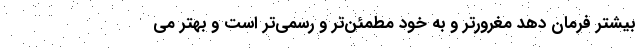
بیشتر فرمان دهد مغرورتر و به خود مطمئن‌تر و رسمی‌تر است و بهتر می